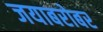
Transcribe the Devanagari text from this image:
जयाबरोबर